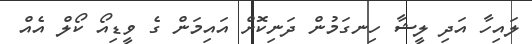
ލައިހާ އަދި ލީޝާ ހިނގަމުން ދަނިކޮށް އައިމަން ގެ ވީޑިއޯ ކޯލް އެއް